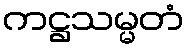
ကဋ္ဌသမ္မတံ